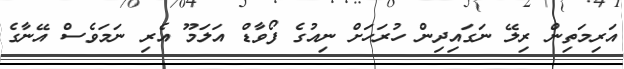
އަރިމަތިން ރިލޭ ނަގައިދިން ހުރަހަށް ނިއުގެ ފޯވާޑް އަލަމޫ އެރި ނަމަވެސް އޭނާގެ